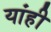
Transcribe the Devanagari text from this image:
यांही